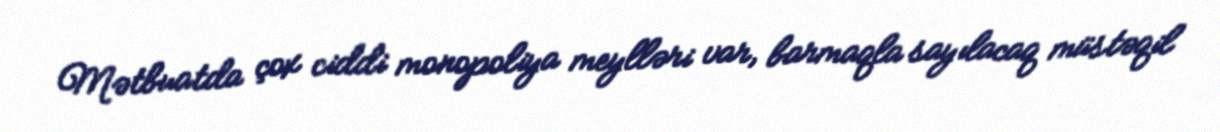
Mətbuatda çox ciddi monopoliya meylləri var, barmaqla sayılacaq müstəqil